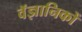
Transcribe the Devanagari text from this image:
वॅज्ञानिकों